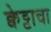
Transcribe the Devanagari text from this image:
क्वेट्टाचा